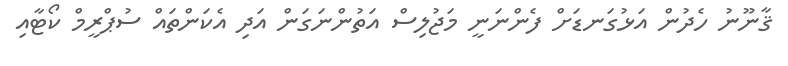
ޤާނޫނު ހެދުން އަޅުގަނޑަށް ފެންނަނީ މަޖުލިސް އަތުންނަގަން އަދި އެކަންތައް ސުޕްރީމް ކޯޓާއި